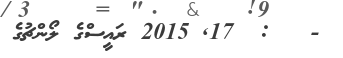
-   :  17